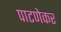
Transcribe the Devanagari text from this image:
पाटणेकर